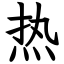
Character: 热